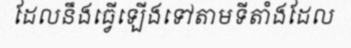
ដែលនឹងធ្វើឡើងទៅតាមទីតាំងដែល